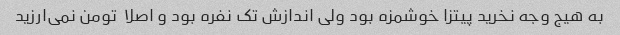
به هیج وجه نخرید پیتزا خوشمزه بود ولی اندازش تک نفره بود و اصلا  تومن نمی‌ارزید